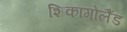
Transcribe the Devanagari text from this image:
शिकागोलैंड